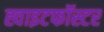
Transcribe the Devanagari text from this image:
ह्वाइटफॉस्टर